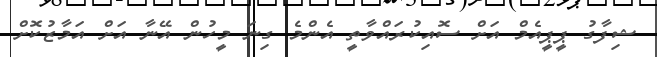
ޝިފާގު ޕީޕީއެމް އަށް ސޮއިކުރައްވާތީ އެންމެ ގިނަ މީހުން އޭނާ އަށް އަމާޒުކޮށް